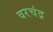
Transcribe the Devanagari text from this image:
वरचंद्र